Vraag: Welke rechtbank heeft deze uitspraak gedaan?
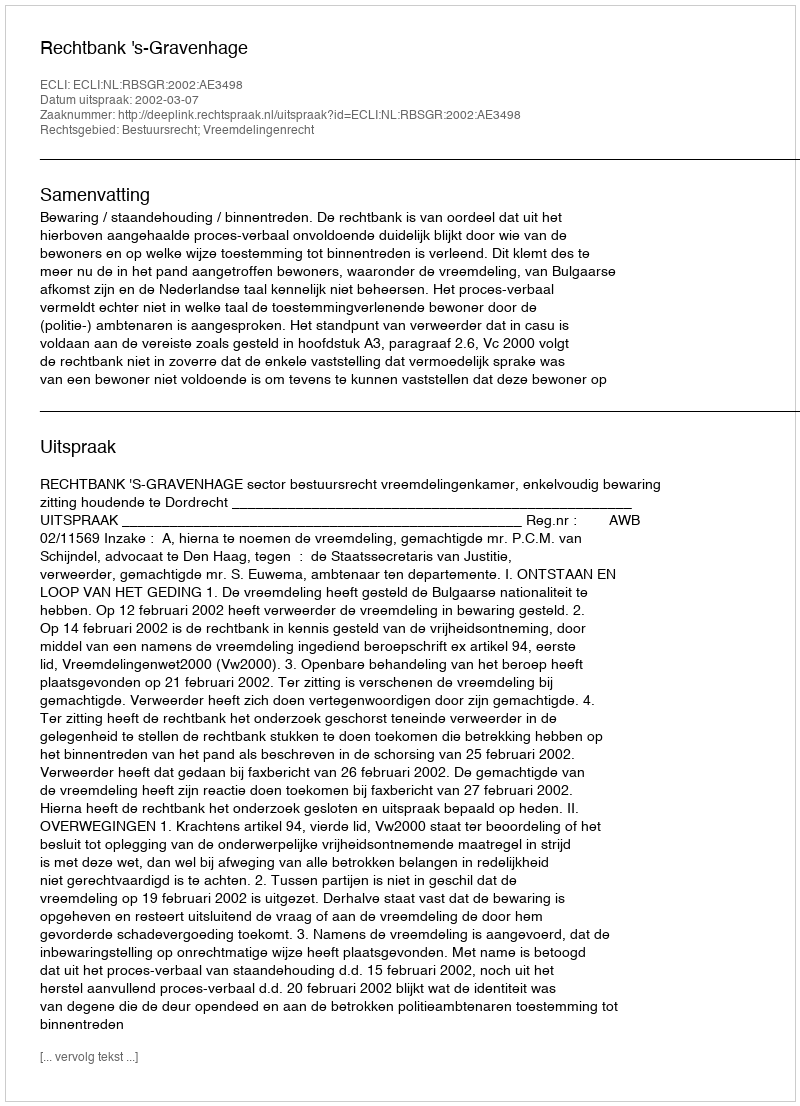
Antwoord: Rechtbank 's-Gravenhage